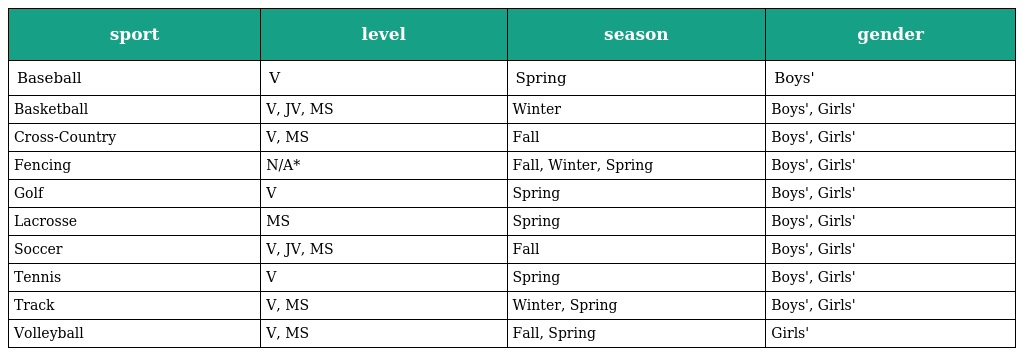
| sport | level | season | gender |
 | --- | --- | --- | --- |
 | Baseball | V | Spring | Boys' |
 | Basketball | V, JV, MS | Winter | Boys', Girls' |
 | Cross-Country | V, MS | Fall | Boys', Girls' |
 | Fencing | N/A* | Fall, Winter, Spring | Boys', Girls' |
 | Golf | V | Spring | Boys', Girls' |
 | Lacrosse | MS | Spring | Boys', Girls' |
 | Soccer | V, JV, MS | Fall | Boys', Girls' |
 | Tennis | V | Spring | Boys', Girls' |
 | Track | V, MS | Winter, Spring | Boys', Girls' |
 | Volleyball | V, MS | Fall, Spring | Girls' |